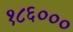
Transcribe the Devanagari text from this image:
१८६०००